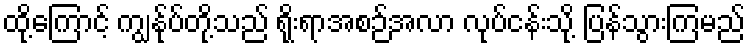
ထို့ကြောင့် ကျွန်ုပ်တို့သည် ရိုးရာအစဉ်အလာ လုပ်ငန်းသို့ ပြန်သွားကြမည်